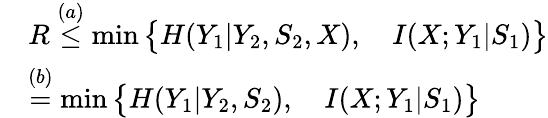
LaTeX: \begin{array}{rl}&{R\overset{(a)}{\leq}\operatorname*{min}\big\{ H(Y_{1}|Y_{2},S_{2},X),\quad I(X;Y_{1}|S_{1})\big\} }\\ &{\overset{(b)}{=}\operatorname*{min}\big\{ H(Y_{1}|Y_{2},S_{2}),\quad I(X;Y_{1}|S_{1})\big\} }\end{array}